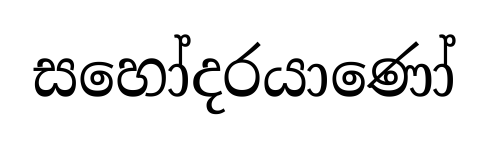
සහෝදරයාණෝ